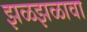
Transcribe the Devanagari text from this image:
झळझळावा